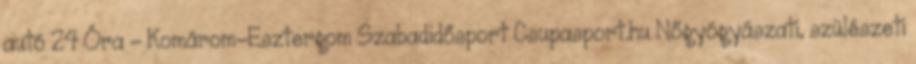
autó 24 Óra - Komárom-Esztergom Szabadidősport Csupasport.hu Nőgyógyászati, szülészeti